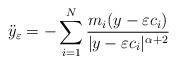
LaTeX: \begin{align*}\ddot y_\varepsilon = - \sum_{i=1}^N \frac{m_i (y-\varepsilon c_i)}{\vert y - \varepsilon c_i \vert^{\alpha+2}}\end{align*}